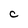
Character: C